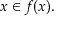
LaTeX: x \in f ( x ) .